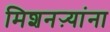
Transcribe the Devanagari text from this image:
मिशनऱ्यांना